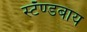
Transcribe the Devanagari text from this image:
स्टॅण्डबाय